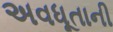
અવધૂતાની